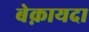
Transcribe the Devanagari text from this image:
बेक़ायदा